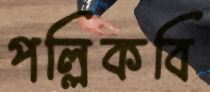
পল্লিকবি